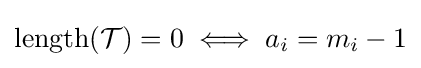
\operatorname {length} ({\mathcal {T}})=0\iff a_{i}=m_{i}-1